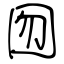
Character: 囫